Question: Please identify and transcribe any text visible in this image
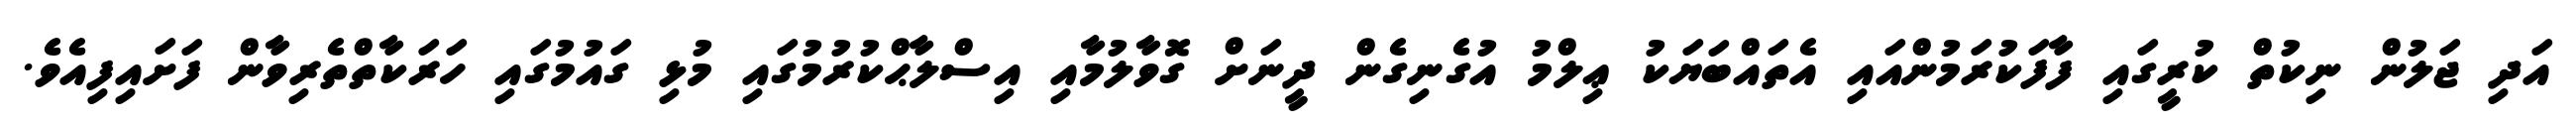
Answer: އަދި ޖަލުން ނިކުތް ކުރީގައި ފާފަކުރަމުންއައި އެތައްބަޔަކު ޢިލްމު އުގެނިގެން ދީނަށް ގޮވާލުމާއި އިސްލާޙްކުރުމުގައި މުޅި ގައުމުގައި ހަރަކާތްތެރިވާން ފަށައިފިއެވެ.